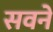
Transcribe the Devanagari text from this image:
सवने